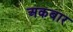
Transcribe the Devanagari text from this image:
अकबार